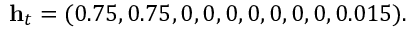
\mathbf { h } _ { t } = ( 0 . 7 5 , 0 . 7 5 , 0 , 0 , 0 , 0 , 0 , 0 , 0 , 0 . 0 1 5 ) .